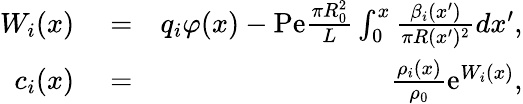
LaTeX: \begin{array}{rlr}{W_{i}(x)}&{{}=}&{q_{i}\varphi(x)-\mathrm{Pe}\frac{\pi R_{0}^{2}}{L}\int_{0}^{x}\frac{\beta_{i}(x^{\prime})}{\pi R(x^{\prime})^{2}}dx^{\prime},}\\ {c_{i}(x)}&{{}=}&{\frac{\rho_{i}(x)}{\rho_{0}}\mathrm{e}^{W_{i}(x)},}\end{array}